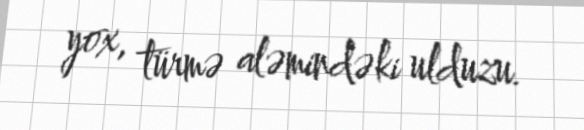
yox, türmə aləmindəki ulduzu.